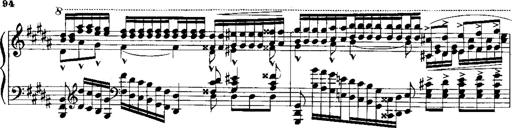
Title: RÃ©miniscences de Norma de Bellini
Composer: Franz Liszt